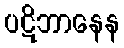
ပဋိဘာနေန